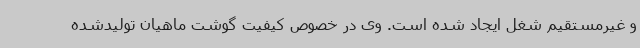
و غیرمستقیم شغل ایجاد شده است. وی در خصوص کیفیت گوشت ماهیان تولیدشده